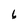
Character: 6